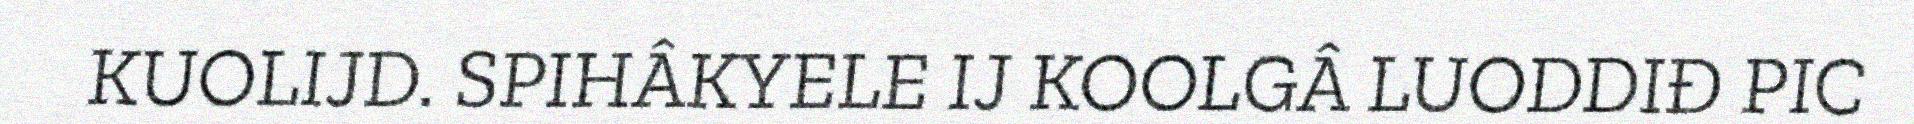
KUOLIJD. SPIHÂKYELE IJ KOOLGÂ LUODDIĐ PIC